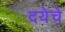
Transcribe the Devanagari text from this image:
दयेचे